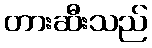
တားဆီးသည်